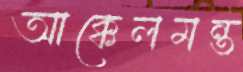
আক্কেলমন্ত